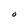
Character: O